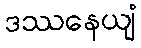
ဒဿနေယျံ